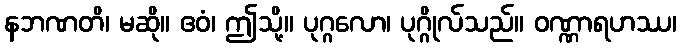
နဘဏတိ၊ မဆို။ ဧဝံ၊ ဤသို့။ ပုဂ္ဂလော၊ ပုဂ္ဂိုလ်သည်။ ဝဏ္ဏာရဟဿ၊